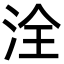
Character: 洤